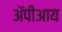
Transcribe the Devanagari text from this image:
ॲपीआय